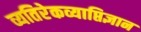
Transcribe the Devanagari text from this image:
व्यतिरेकव्याप्तिज्ञान